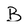
Character: B